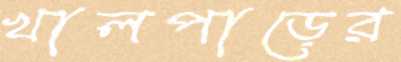
খালপাড়ের